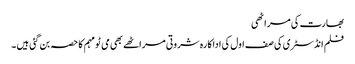
بھارت کی مراٹھی
فلم انڈسٹری کی صف اول کی اداکارہ شروتی مراٹھے بھی می ٹو مہم کا حصہ بن گئی ہیں ۔